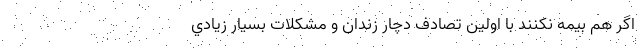
اگر هم بيمه نكنند با اولين تصادف دچار زندان و مشكلات بسيار زيادي